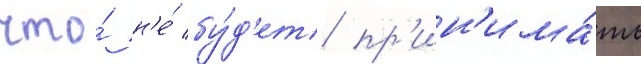
что́ н'е́ бу́д'ет пр'ин'има́ть